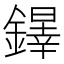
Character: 𨬵